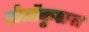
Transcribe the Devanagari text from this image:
प्रोलॉकुलस